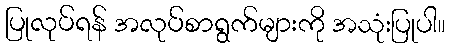
ပြုလုပ်ရန် အလုပ်စာရွက်များကို အသုံးပြုပါ။